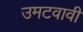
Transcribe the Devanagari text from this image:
उमटवावी